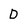
Character: D